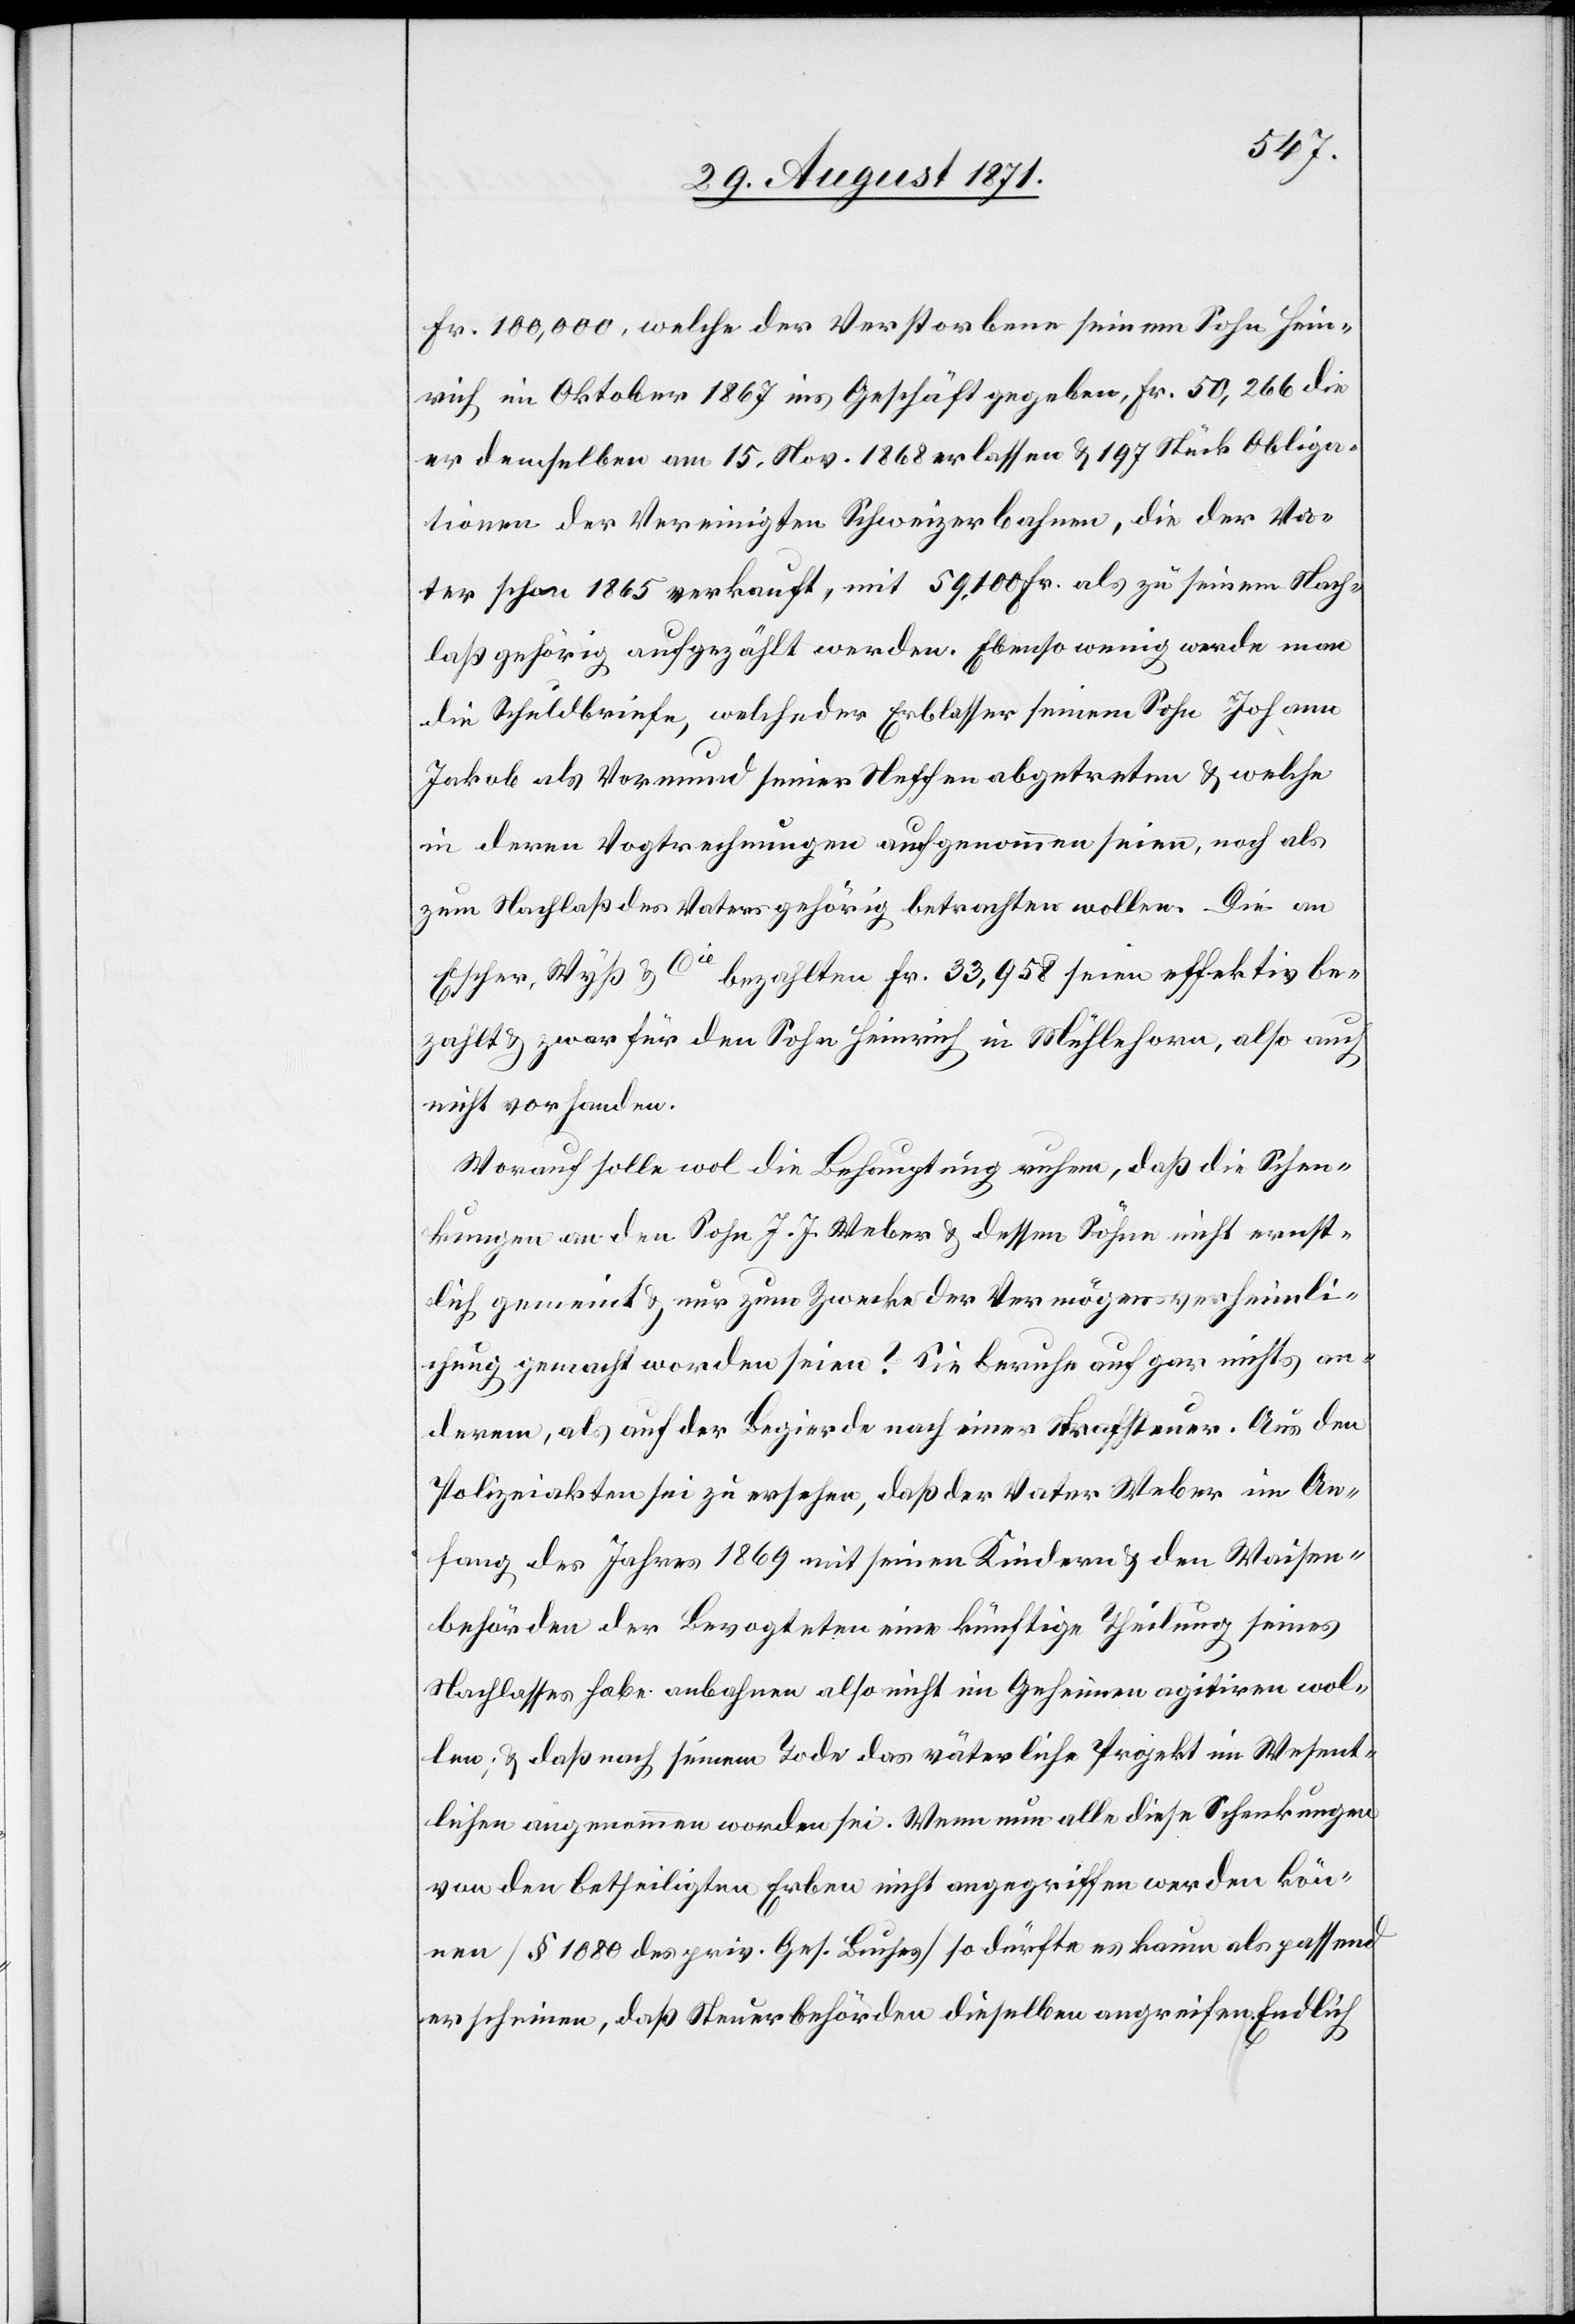
Fr. 100,000, welche der Verstorbene seinem Sohn Hein¬
rich im Oktober 1867 ins Geschäft gegeben, Fr. 50,266 dies¬
er demselben am 15. Nov. 1868 erlassen & 197 Stück Obliga¬
tionen der Vereinigten Schweizerbahnen, die der Va¬
ter schon 1865 verkauft, mit 59,100 Fr. als zu seinem Nach¬
laß gehörig aufgezählt werden. Ebensowenig werde man
die Schuldbriefe, welche der Erblasser seinem Sohn Johann
Jakob als Vormund seiner Neffen abgetreten & welche
in deren Vogtrechnungen aufgenommen seien, noch als
zum Nachlaß des Vaters gehörig betrachten wollen. Die an
Escher-Wyß & Cie bezahlten Fr. 33,958 seien effektiv be¬
zahlt & zwar für den Sohn Heinrich in Mühlehorn, also auch
nicht vorhanden.
Worauf solle wol die Behauptung ruhen, daß die Schen¬
kungen an den Sohn J. J. Weber & dessen Söhne nicht ernst¬
lich gemeint & nur zum Zwecke der Vermögensverheimli¬
chung gemacht worden seien? Sie beruhe auf gar nichts an¬
derem, als auf der Begierde nach einer Strafsteuer. Aus den
Polizeiakten sei zu ersehen, daß der Vater Weber im An¬
fang des Jahres 1869 mit seinen Kindern & den Waisen¬
behörden der Bevogteten eine künftige Theilung seines
Nachlasses habe anbahnen also nicht im Geheimen agitiren wol¬
len; & daß nach seinem Tode das väterliche Projekt im Wesent¬
lichen angenommen worden sei. Wenn nun alle diese Schenkungen
von den betheiligten Erben nicht angegriffen werden kön¬
nen [§ 1080 des priv. Ges. Buches] so dürfte es kaum als passend
erscheinen, daß Steuerbehörden dieselben angreifen. Endlich